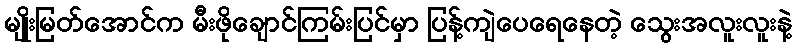
မျိုးမြတ်အောင်က မီးဖိုချောင်ကြမ်းပြင်မှာ ပြန့်ကျဲပေရေနေတဲ့ သွေးအလူးလူးနဲ့